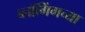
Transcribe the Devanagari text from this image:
ब्लॉगिंगच्या